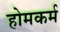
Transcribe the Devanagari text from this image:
होमकर्म